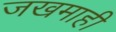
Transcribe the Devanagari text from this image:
जखमाही